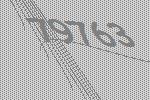
79763